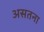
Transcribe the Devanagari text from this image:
असतना